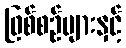
ဖြစ်စဉ်များနှင့်